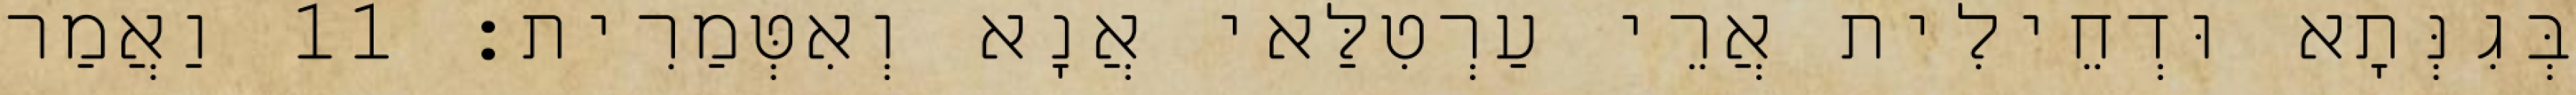
בְּגִנְּתָא וּדְחֵילִית אֲרֵי עַרְטִלַּאי אֲנָא וְאִטְּמַרִית׃ 11 וַאֲמַר